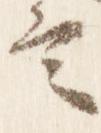
言